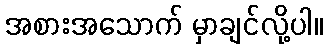
အစားအသောက် မှာချင်လို့ပါ။